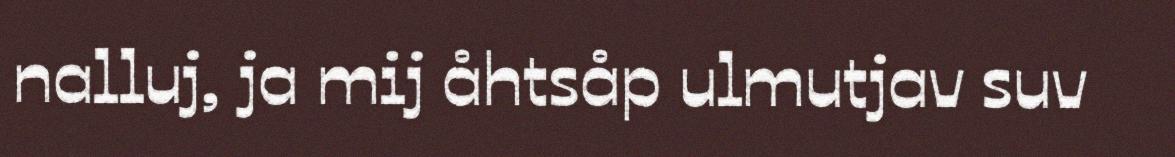
nalluj, ja mij åhtsåp ulmutjav suv